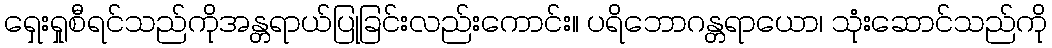
ရှေးရှုစီရင်သည်ကိုအန္တရာယ်ပြုခြင်းလည်းကောင်း။ ပရိဘောဂန္တရာယော၊ သုံးဆောင်သည်ကို